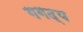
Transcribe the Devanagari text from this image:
गगद्य